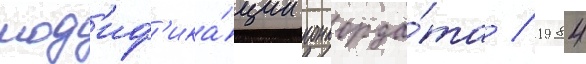
мод'иф'ика́ции конкорда́та / 1984